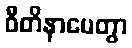
ဝီတိနာမေတွာ